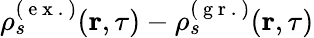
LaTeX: \rho_{s}^{(\mathrm{~e~x~.~})}(\textbf{r},\tau)-\rho_{s}^{(\mathrm{~g~r~.~})}(\textbf{r},\tau)